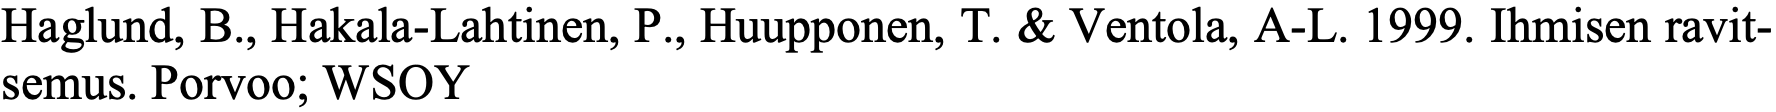
Haglund, B., Hakala-Lahtinen, P., Huupponen, T. & Ventola, A-L. 1999. Ihmisen ravit- semus. Porvoo; WSOY